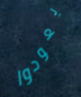
يعودوا